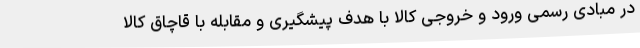
در مبادی رسمی ورود و خروجی کالا با هدف پیشگیری و مقابله با قاچاق کالا